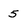
Character: 5